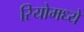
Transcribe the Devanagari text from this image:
रियोमध्ये